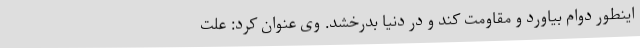
اینطور دوام بیاورد و مقاومت کند و در دنیا بدرخشد. وی عنوان کرد: علت